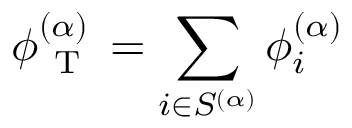
{ \phi _ { \mathrm { ~ T ~ } } ^ { ( \alpha ) } = \sum _ { i \in S ^ { ( \alpha ) } } \phi _ { i } ^ { ( \alpha ) } }